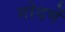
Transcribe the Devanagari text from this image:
गोदमें